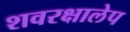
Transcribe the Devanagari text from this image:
शवरक्षालेप